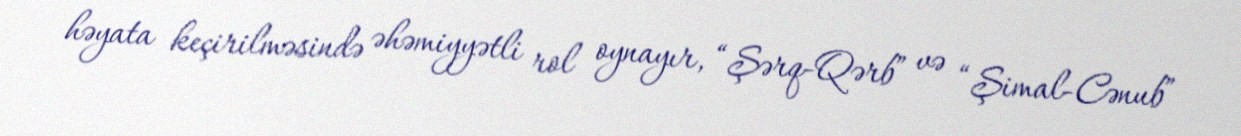
həyata keçirilməsində əhəmiyyətli rol oynayır, “Şərq-Qərb” və “Şimal-Cənub”